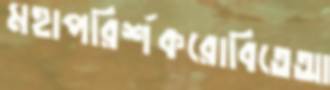
মহাপরির্শকরোবিতেআ